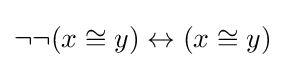
\neg \neg (x\cong y)\leftrightarrow (x\cong y)